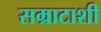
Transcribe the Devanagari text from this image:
सम्राटाशी